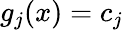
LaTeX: g_{j}(x)=c_{j}